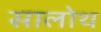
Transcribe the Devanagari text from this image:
सालोथ